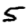
Digit: 5